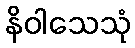
နိဝါသေသုံ